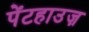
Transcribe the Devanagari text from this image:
पेंटहाउज़